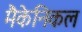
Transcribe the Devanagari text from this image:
मैकेनिकल